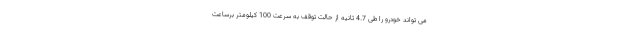
می تواند خودرو را طی 4.7 ثانیه از حالت توقف به سرعت 100 کیلومتر برساعت